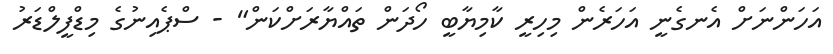
އަހަންނަށް އެނގެނީ އަހަރެން މިހިރީ ކާމިޔާބީ ހޯދަން ތައްޔާރަށްކަން" - ސްޕެއިނުގެ މިޑްފީލްޑަރު